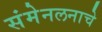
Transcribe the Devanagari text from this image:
संमेनलनाचे